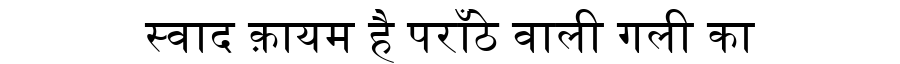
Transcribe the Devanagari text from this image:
स्वाद क़ायम है पराँठे वाली गली का